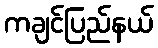
ကချင်ပြည်နယ်